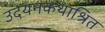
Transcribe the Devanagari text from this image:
उदयनकथाश्रित